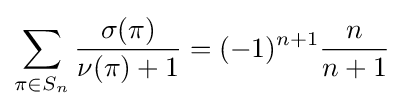
\sum _{\pi \in S_{n}}{\frac {\sigma (\pi )}{\nu (\pi )+1}}=(-1)^{n+1}{\frac {n}{n+1}}